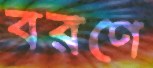
বরণে